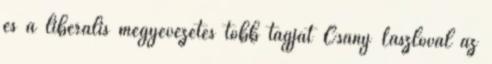
és a liberális megyevezetés több tagját Csány Lászlóval az